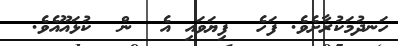
ހަނދުމަކުރާށެވެ. ފަހެ  ފިޔަވައި އެ  ން  ކުޅައޫއެވެ.